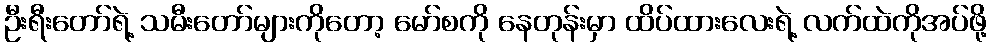
ဦးရီးတော်ရဲ့ သမီးတော်များကိုတော့ မော်စကို နေတုန်းမှာ ထိပ်ထားလေးရဲ့ လက်ထဲကိုအပ်ဖို့